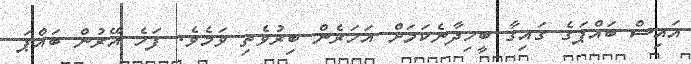
އައިސް ބައްޕަގެ ގައިގާ ބީހިދާނެކަމަށް އަހަރެން ބިރުވެތި ވަމެވެ. ފަހެ އޭރުން ބައްޕަ